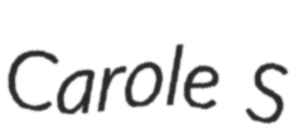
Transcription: Carole S